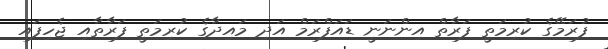
ފުރަމޭގެ ކުރިމަތީ ފަރާތް އިންނަނީ ޑައަފްރަމް އަދި މައިދާގެ ކުރިމަތީ ފަރާތާއި ޖެހިފައި